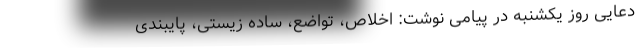
دعایی روز یکشنبه در پیامی نوشت: اخلاص، تواضع، ساده زیستی، پایبندی